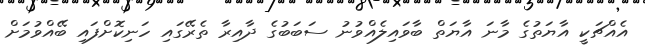
އެއްޗަކީ އާޔަތުގެ މާނަ އާޔަތް ބާވައިލެއްވުނު ސަބަބުގެ ދާއިރާ ތެރޭގައި ހަނިކޮށްފައި ބޭއްވުމަށް